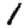
Digit: 1